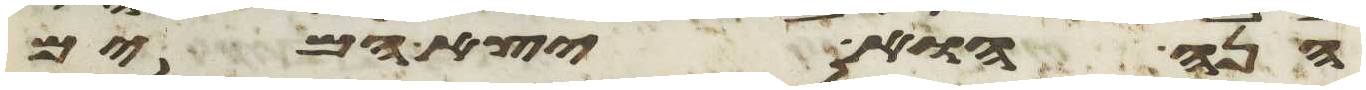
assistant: הנה הוא יצא המים